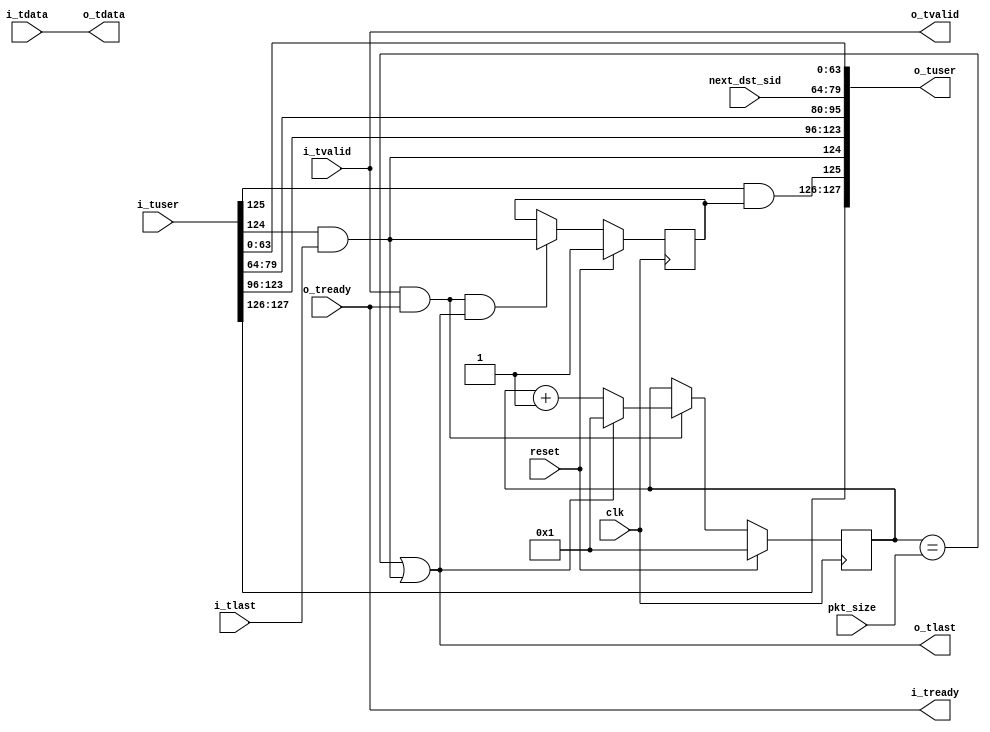
module packet_resizer_variable
   (input clk, input reset,
    input [15:0] next_dst_sid,
    input [15:0] pkt_size,
    input [31:0] i_tdata, input [127:0] i_tuser, input i_tlast, input i_tvalid, output i_tready,
    output [31:0] o_tdata, output [127:0] o_tuser, output o_tlast, output o_tvalid, input o_tready);
   reg [15:0]     count;
   reg            first_packet_in_burst = 1'b1;
   wire [1:0]     TYPE_in = i_tuser[127:126];
   wire           TSI_in = i_tuser[125];
   wire           EOB_in = i_tuser[124];
   wire [11:0]    SEQ_in = i_tuser[123:112];
   wire [15:0]    LEN_in = i_tuser[111:96];
   wire [15:0]    SRC_in = i_tuser[95:80];
   wire [15:0]    DST_in = i_tuser[79:64];
   wire [63:0]    TIME_in = i_tuser[63:0];
   wire [1:0]     TYPE_out = TYPE_in;
   wire           TSI_out = TSI_in & first_packet_in_burst;
   wire           EOB_out = EOB_in & i_tlast;
   wire [11:0]    SEQ_out = SEQ_in;     
   wire [15:0]    LEN_out = LEN_in;     
   wire [15:0]    SRC_out = DST_in;
   wire [15:0]    DST_out = next_dst_sid;
   wire [63:0]    TIME_out = TIME_in;
   assign o_tdata = i_tdata;
   assign o_tlast = (count == pkt_size) | EOB_out;   
   assign o_tuser = { TYPE_out, TSI_out, EOB_out, SEQ_out, LEN_out, SRC_out, DST_out, TIME_out };
   assign o_tvalid = i_tvalid;
   assign i_tready = o_tready;
   always @(posedge clk)
     if(reset)
       count <= 16'd1;
     else
       if(o_tvalid & o_tready)
         if(o_tlast)
           count <= 16'd1;
         else
           count <= count + 16'd1;
   always @(posedge clk)
     if(reset)
       first_packet_in_burst <= 1'b1;
     else
       if(o_tvalid & o_tready & o_tlast)
         first_packet_in_burst <= EOB_out;
endmodule